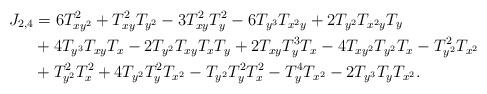
LaTeX: \begin{align*}J_{2,4}&=6T_{xy^2}^2+T_{xy}^2T_{y^2}-3T_{xy}^2T_{y}^2-6T_{y^3}T_{x^2y}+2T_{y^2}T_{x^2y}T_{y}\\&+4T_{y^3}T_{xy}T_{x}-2T_{y^2}T_{xy}T_{x}T_{y}+2T_{xy}T_{y}^3T_{x}-4T_{xy^2}T_{y^2}T_{x}-T_{y^2}^2T_{x^2}\\&+T_{y^2}^2T_{x}^2+4T_{y^2}T_{y}^2T_{x^2}-T_{y^2}T_{y}^2T_{x}^2-T_{y}^4T_{x^2}-2T_{y^3}T_{y}T_{x^2}. \end{align*}